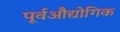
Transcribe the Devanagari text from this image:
पूर्वऔद्योगिक